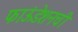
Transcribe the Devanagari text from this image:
फाऊंडेशनची